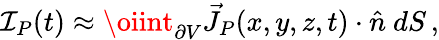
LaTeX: \mathcal I_{P}(t)\approx\oiint_{\partial V}\vec{J}_{P}(x,y,z,t)\cdot\hat{n}\ dS\, ,